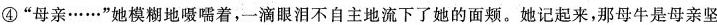
④”母亲……”她模糊地嗫嚅着，一滴眼泪不自主地流下了她的面颊。她记起来，那母牛是母亲坚